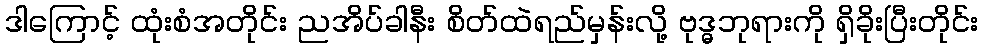
ဒါကြောင့် ထုံးစံအတိုင်း ညအိပ်ခါနီး စိတ်ထဲရည်မှန်းလို့ ဗုဒ္ဓဘုရားကို ရှိခိုးပြီးတိုင်း